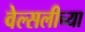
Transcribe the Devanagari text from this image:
वेल्सलीच्या